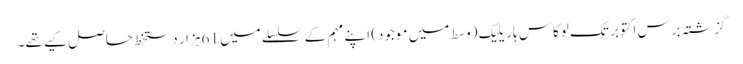
گزشتہ برس اکتوبر تک لوکاس ہاریلیک (وسط میں موجود) اپنے مہم کے سلسلے میں 61 ہزار دستخط حاصل کیے تھے۔